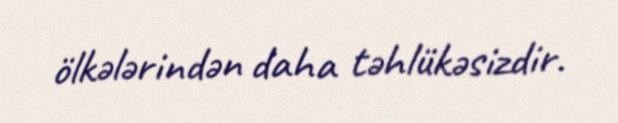
ölkələrindən daha təhlükəsizdir.